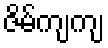
ဇိမ်ကျကျ